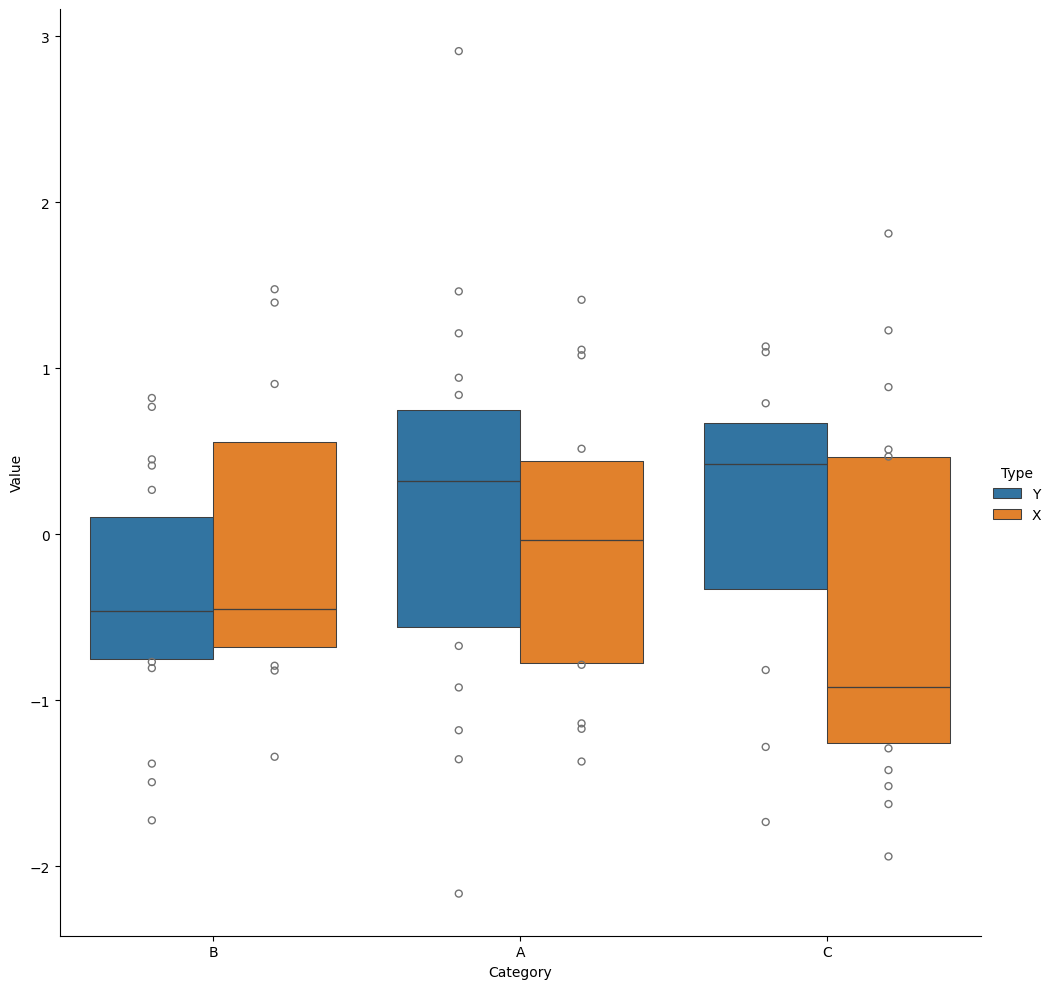
python, seaborn, catplot, kind='boxen', height=10, aspect=1